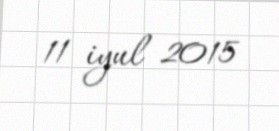
11 iyul 2015